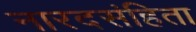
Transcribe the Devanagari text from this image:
नारदसंहिता